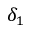
\delta _ { 1 }